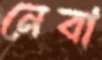
নেবা